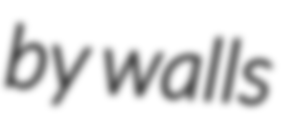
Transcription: by walls